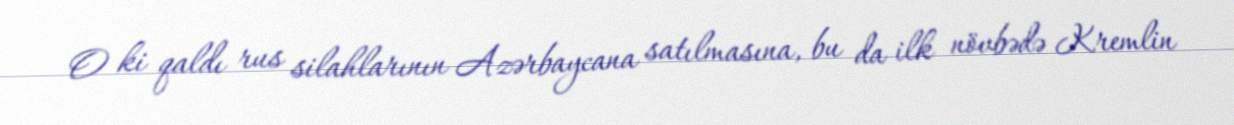
O ki qaldı rus silahlarının Azərbaycana satılmasına, bu da ilk növbədə Kremlin